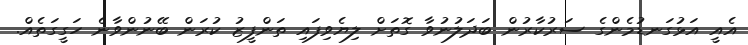
އެއީ އަޅުގަނޑުމެންގެ ސަރުކާރުން ބަދަލުނުވާ ގޮތަށް ލިޔެވިފައި ތަންފީޒު ކުރަން ބޭނުންވާނެ ހަގީގަތެއް.